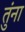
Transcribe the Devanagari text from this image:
तुंना